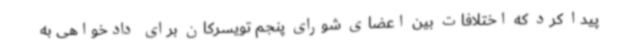
پیدا کرد که اختلافات بین اعضای شورای پنجم تویسرکان برای دادخواهی به